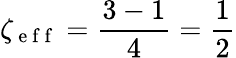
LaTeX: \zeta_{\mathrm{~e~f~f~}}=\frac{3-1}{4}=\frac{1}{2}